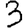
Digit: 3